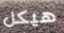
هيكل